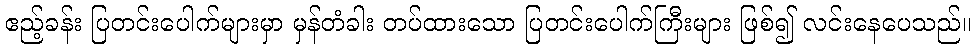
ဧည့်ခန်း ပြတင်းပေါက်များမှာ မှန်တံခါး တပ်ထားသော ပြတင်းပေါက်ကြီးများ ဖြစ်၍ လင်းနေပေသည်။